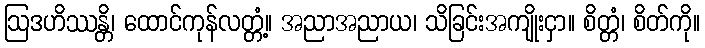
ဩဒဟိဿန္တိ၊ ထောင်ကုန်လတ္တံ့။ အညာအညာယ၊ သိခြင်းအကျိုးငှာ။ စိတ္တံ၊ စိတ်ကို။